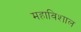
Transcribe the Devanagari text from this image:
महाविशाल